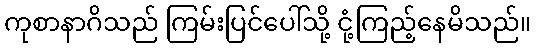
ကုစာနာဂိသည် ကြမ်းပြင်ပေါ်သို့ ငုံ့ကြည့်နေမိသည်။